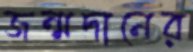
জন্মদানের